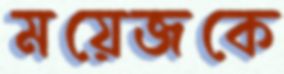
ময়েজকে